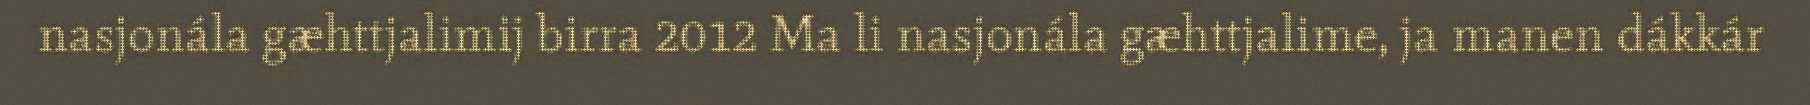
nasjonála gæhttjalimij birra 2012 Ma li nasjonála gæhttjalime, ja manen dákkár